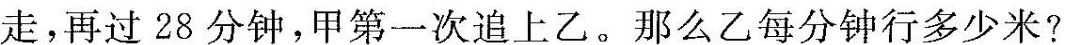
走，再过28分钟，甲第一次追上乙。那么乙每分钟行多少米?